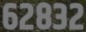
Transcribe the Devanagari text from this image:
६२८३२